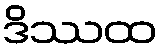
ဒိဿထ